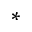
^ { * }